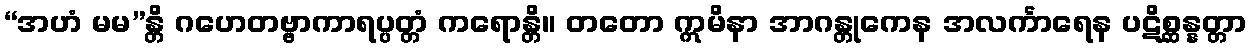
“အဟံ မမ”န္တိ ဂဟေတဗ္ဗာကာရပ္ပတ္တံ ကရောန္တိ။ တတော ဣမိနာ အာဂန္တုကေန အလင်္ကာရေန ပဋိစ္ဆန္နတ္တာ